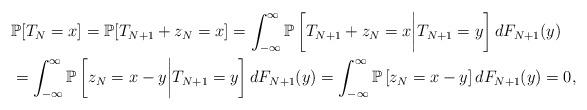
LaTeX: \begin{align*}&\mathbb P[T_{N}=x]=\mathbb P[T_{N+1}+z_{N}=x]=\int_{-\infty}^\infty \mathbb P\left[T_{N+1}+z_{N}=x\biggl| T_{N+1}=y\right]dF_{N+1}(y)\\&=\int_{-\infty}^\infty \mathbb P\left[z_{N}=x-y\biggl| T_{N+1}=y\right]dF_{N+1}(y)=\int_{-\infty}^\infty \mathbb P\left[z_{N}=x-y\right]dF_{N+1}(y)=0,\end{align*}